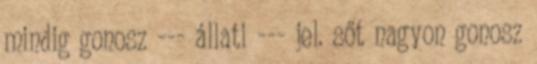
mindig gonosz --- állati --- jel. sőt nagyon gonosz